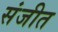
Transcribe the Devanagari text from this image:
संजीत